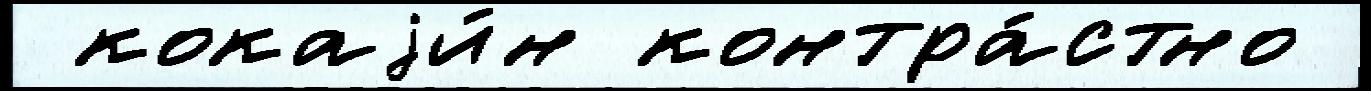
 кокаjи́н контра́стно